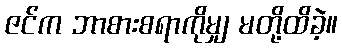
ဇင်က ဘာစားစရာကိုမျှ မတို့ထိခဲ့။